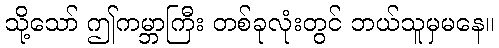
သို့သော် ဤကမ္ဘာကြီး တစ်ခုလုံးတွင် ဘယ်သူမှမနေ။